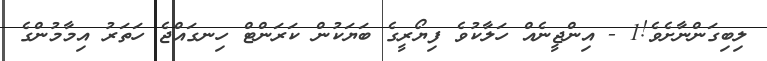
ލިބިގަންނާށެވެ!1 - އިންޖީނެއް ހަލާކުވެ ފިޔޯރީގެ ބަޔަކުން ކަރަންޓް ހިނގައްޖެ ހަތަރު އިމާމުންގެ